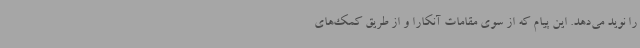
را نوید می‌دهد. این پیام که از سوی مقامات آنکارا و از طریق کمک‌های